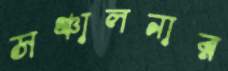
সঞ্চালনার